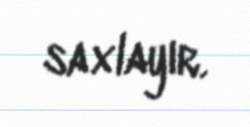
saxlayır.